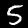
Digit: 5